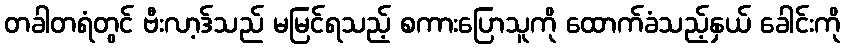
တခါတရံတွင် ဗီးလာ့ဒ်သည် မမြင်ရသည့် စကားပြောသူကို ထောက်ခံသည့်နှယ် ခေါင်းကို